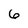
Character: 6